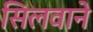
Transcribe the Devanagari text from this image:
सिलवाने